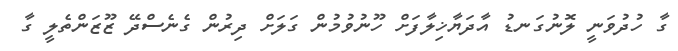
ގާ ހުދުވަނީ ލޮނުގަނޑު އާދަޔާޚިލާފަށް ހޫނުވުމުން ގަލަށް ދިރުން ގެނެސްދޭ ޒޫޒަންތެލީ ގާ